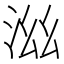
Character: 𣳯